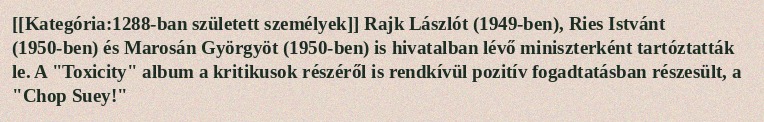
[[Kategória:1288-ban született személyek]] Rajk Lászlót (1949-ben), Ries Istvánt (1950-ben) és Marosán Györgyöt (1950-ben) is hivatalban lévő miniszterként tartóztatták le. A "Toxicity" album a kritikusok részéről is rendkívül pozitív fogadtatásban részesült, a "Chop Suey!"